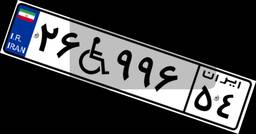
۱۸W۸۵۶۴۹